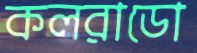
কলরাডো